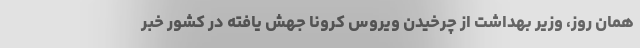
همان روز، وزیر بهداشت از چرخیدن ویروس کرونا جهش یافته در کشور خبر